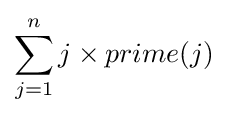
\sum _{j=1}^{n}j\times prime(j)